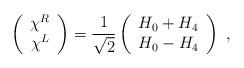
LaTeX: \begin{align*}\left(\begin{array}{c} \chi^R \\ \chi^L \end{array} \right) = \frac{1}{\sqrt{2}} \left( \begin{array}{c} H_0 + H_4 \\ H_0 - H_4 \end{array} \right) \ ,\end{align*}